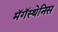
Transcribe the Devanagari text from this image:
मॅगॅस्थेनिस